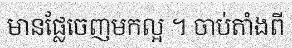
មានផ្លែចេញមកល្អ ។ ចាប់តាំងពី